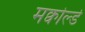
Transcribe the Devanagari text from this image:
मक्वोर्ल्ड